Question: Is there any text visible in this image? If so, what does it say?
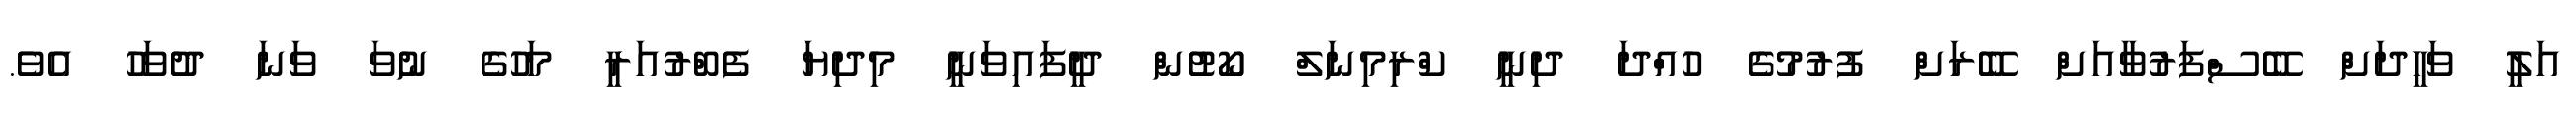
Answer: އަލީ ވަހީދަށް ބޭސްފަރުވާއަށް ބޭރަށް ފުރުމުގެ ހުއްދަ ދިނީ ކްރިމިނަލް ކޯޓުން ދީފައިވަނީ މިދިޔަ ފެބްރުއަރީ މަހުގެ ނުވަ ވަނަ ދުވަހު އެވެ.